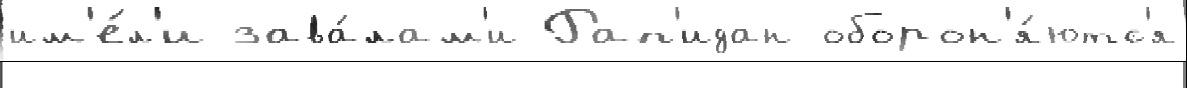
им'е́л'и зава́лам'и Рап'идан оборон'я́ютс'я